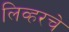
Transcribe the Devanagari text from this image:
लिव्हरचे